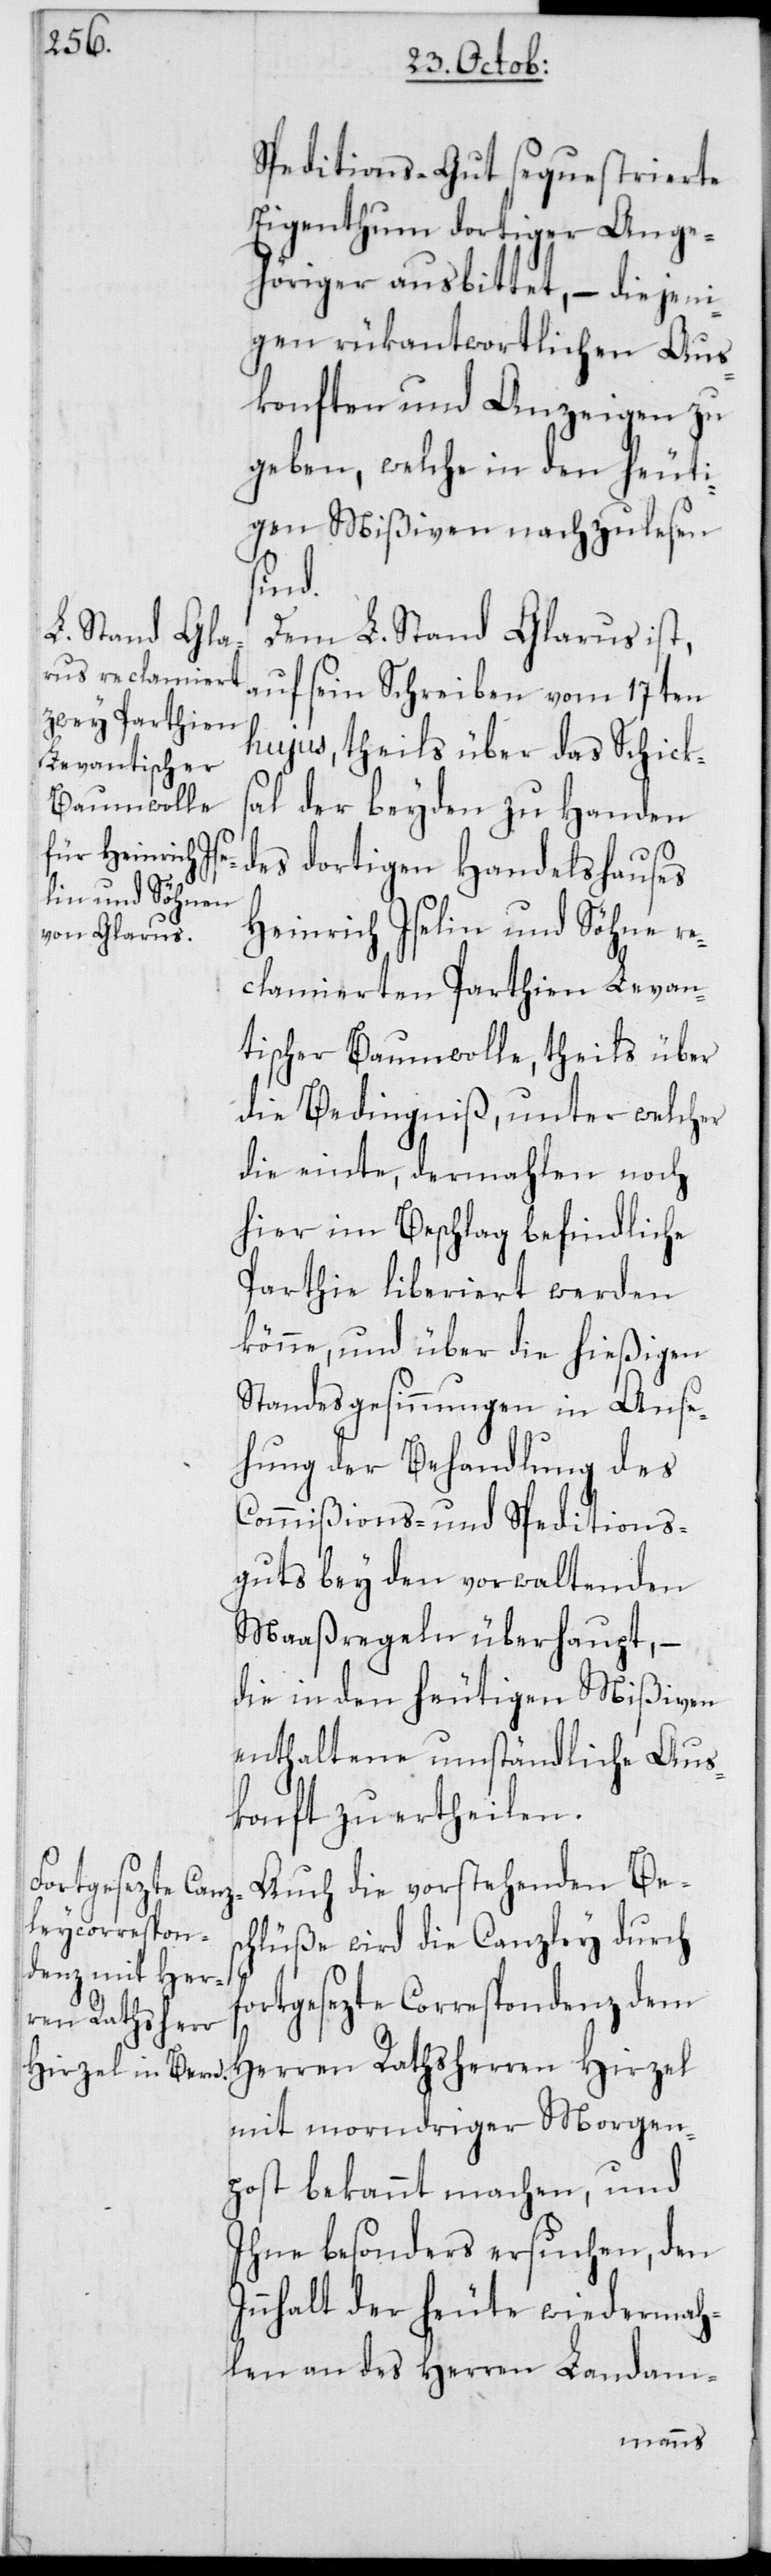
Speditions-Gut sequestrierte
Eigenthum dortiger Ange¬
höriger ausbittet, – diejeni¬
gen rükantwortlichen Aus¬
konften und Anzeigen zu
geben, welche in den heuti¬
gen Mißiven nachzulesen
sind.
Dem L. Stand Glarus ist,
auf sein Schreiben vom 17ten
hujus, theils über das Schick¬
sal der beyden zu Handen
des dortigen Handelshauses
Heinrich Iselin und Söhne re¬
clamierten Parthien Levan¬
tischer Baumwolle, theils über
die Bedingniß, unter welcher
die einte, dermahlen noch
hier im Beschlag befindliche
Parthie liberiert werden
könne, und über die hießigen
Standesgesinnungen in Anse¬
hung der Behandlung des
Commißions- und Speditions-G¬
uts bey den obwaltenden
Maaßregeln überhaupt, –
die in den heutigen Mißiven
enthaltene umständliche Aus¬
konft zu ertheilen.
Auch die vorstehenden Be¬
schlüße wird die Canzley durch
ortgesezte Correspondenz dem
I¬
Herren Rathsherren Hirzel
mit morndriger Morgen¬
post bekannt machen, und
Ihne besonders ersuchen, den
nnhalt der heute wiedermah¬
len an des Herren Landam-